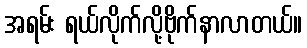
အရမ်း ရယ်လိုက်လို့ဗိုက်နာလာတယ်။